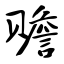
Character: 赡